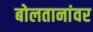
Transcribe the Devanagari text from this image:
बोलतानांवर